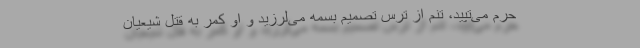
حرم می‌تپید، تنم از ترس تصمیم بسمه می‌لرزید و او کمر به قتل شیعیان